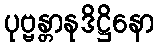
ပုဗ္ဗန္တာနုဒိဋ္ဌိနော